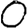
Digit: 0